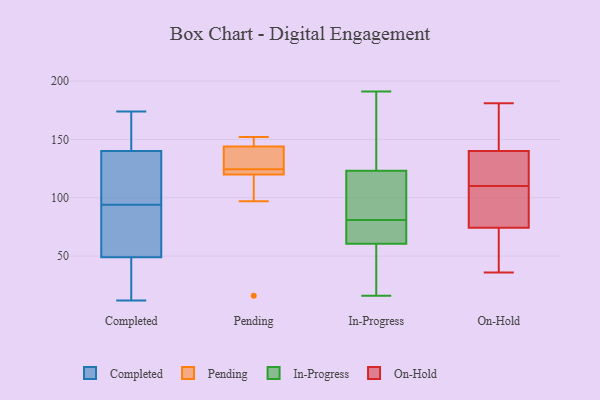
{"axis": {"x": "Latency (ms)", "y": "Value"}, "legend": ["Completed", "In-Progress", "On-Hold", "Pending"], "data": [{"x": "", "y": 83, "type": "Completed"}, {"x": "", "y": 59, "type": "Completed"}, {"x": "", "y": 25, "type": "Completed"}, {"x": "", "y": 49, "type": "Completed"}, {"x": "", "y": 105, "type": "Completed"}, {"x": "", "y": 149, "type": "Completed"}, {"x": "", "y": 173, "type": "Completed"}, {"x": "", "y": 12, "type": "Completed"}, {"x": "", "y": 58, "type": "Completed"}, {"x": "", "y": 124, "type": "Completed"}, {"x": "", "y": 112, "type": "Completed"}, {"x": "", "y": 34, "type": "Completed"}, {"x": "", "y": 174, "type": "Completed"}, {"x": "", "y": 140, "type": "Completed"}, {"x": "", "y": 141, "type": "Pending"}, {"x": "", "y": 145, "type": "Pending"}, {"x": "", "y": 16, "type": "Pending"}, {"x": "", "y": 121, "type": "Pending"}, {"x": "", "y": 124, "type": "Pending"}, {"x": "", "y": 144, "type": "Pending"}, {"x": "", "y": 120, "type": "Pending"}, {"x": "", "y": 97, "type": "Pending"}, {"x": "", "y": 125, "type": "Pending"}, {"x": "", "y": 152, "type": "Pending"}, {"x": "", "y": 125, "type": "In-Progress"}, {"x": "", "y": 81, "type": "In-Progress"}, {"x": "", "y": 191, "type": "In-Progress"}, {"x": "", "y": 69, "type": "In-Progress"}, {"x": "", "y": 118, "type": "In-Progress"}, {"x": "", "y": 58, "type": "In-Progress"}, {"x": "", "y": 68, "type": "In-Progress"}, {"x": "", "y": 100, "type": "In-Progress"}, {"x": "", "y": 16, "type": "In-Progress"}, {"x": "", "y": 98, "type": "In-Progress"}, {"x": "", "y": 40, "type": "In-Progress"}, {"x": "", "y": 182, "type": "In-Progress"}, {"x": "", "y": 182, "type": "In-Progress"}, {"x": "", "y": 17, "type": "In-Progress"}, {"x": "", "y": 77, "type": "In-Progress"}, {"x": "", "y": 181, "type": "On-Hold"}, {"x": "", "y": 164, "type": "On-Hold"}, {"x": "", "y": 110, "type": "On-Hold"}, {"x": "", "y": 96, "type": "On-Hold"}, {"x": "", "y": 134, "type": "On-Hold"}, {"x": "", "y": 142, "type": "On-Hold"}, {"x": "", "y": 67, "type": "On-Hold"}, {"x": "", "y": 105, "type": "On-Hold"}, {"x": "", "y": 63, "type": "On-Hold"}, {"x": "", "y": 36, "type": "On-Hold"}, {"x": "", "y": 129, "type": "On-Hold"}]}